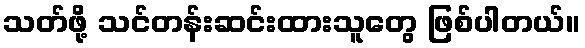
သတ်ဖို့ သင်တန်းဆင်းထားသူတွေ ဖြစ်ပါတယ်။